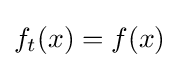
f_{t}(x)=f(x)